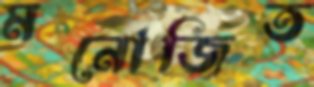
মনোজিত